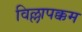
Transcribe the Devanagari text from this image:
विल्लापक्कम